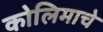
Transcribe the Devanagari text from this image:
कोलिमाचे